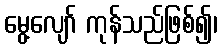
မွေ့လျော် ကုန်သည်ဖြစ်၍၊